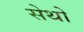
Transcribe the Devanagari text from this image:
सेथो